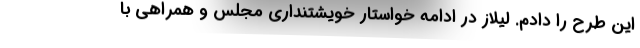
این طرح را دادم. لیلاز در ادامه خواستار خویشتنداری مجلس و همراهی با